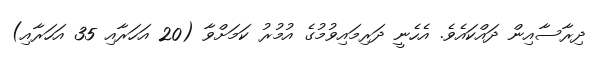
ދިރާސާއިން ދައްކައެވެ. އެހެނީ ދަރިމައިވުމުގެ އުމުރު ކަމަށްވާ (20 އަހަރާއި 35 އަހަރާއި)